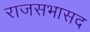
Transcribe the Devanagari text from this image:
राजसभासद